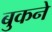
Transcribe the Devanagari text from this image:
बुकने